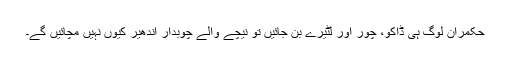
حکمران لوگ ہی ڈاکو، چور اور لٹیرے بن جائیں تو نیچے والے چوبدار اندھیر کیوں نہیں مچائیں گے۔